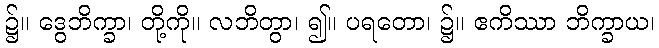
၌။ ဒွေဘိက္ခာ၊ တို့ကို။ လဘိတွာ၊ ၍။ ပရတော၊ ၌။ ဧကိဿာ ဘိက္ခာယ၊